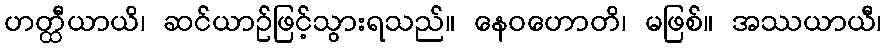
ဟတ္ထီယာယိ၊ ဆင်ယာဉ်ဖြင့်သွားရသည်။ နေဝဟောတိ၊ မဖြစ်။ အဿယာယီ၊